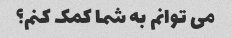
می توانم به شما کمک کنم؟